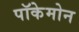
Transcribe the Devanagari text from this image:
पॉकेमोन